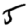
Digit: 5